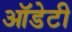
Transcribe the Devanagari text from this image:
ऑडेटी